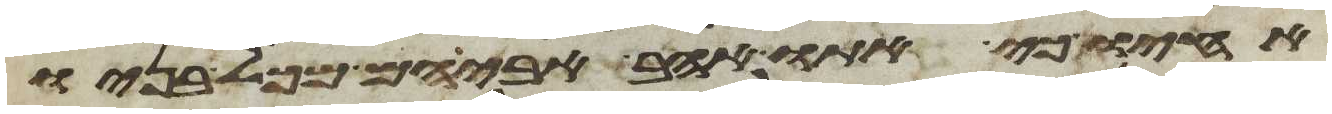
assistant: אחיו כי אתו אהב אביהם מכל בניו